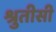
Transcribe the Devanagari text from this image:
श्रुतीसी